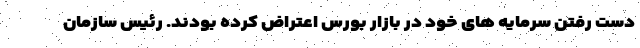
دست رفتن سرمایه های خود در بازار بورس اعتراض کرده بودند. رئیس سازمان